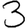
Digit: 3